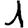
Digit: 1